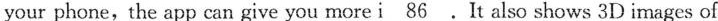
your phone,the app can give you more \underline{i 86} .It also shows 3D images of